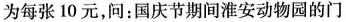
为每张10元，问：国庆节期间淮安动物园的门